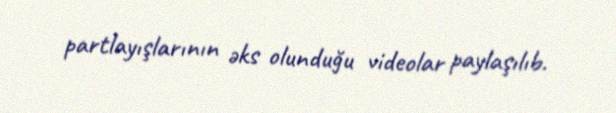
partlayışlarının əks olunduğu videolar paylaşılıb.